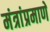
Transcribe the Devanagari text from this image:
मंत्रांप्रमाणे